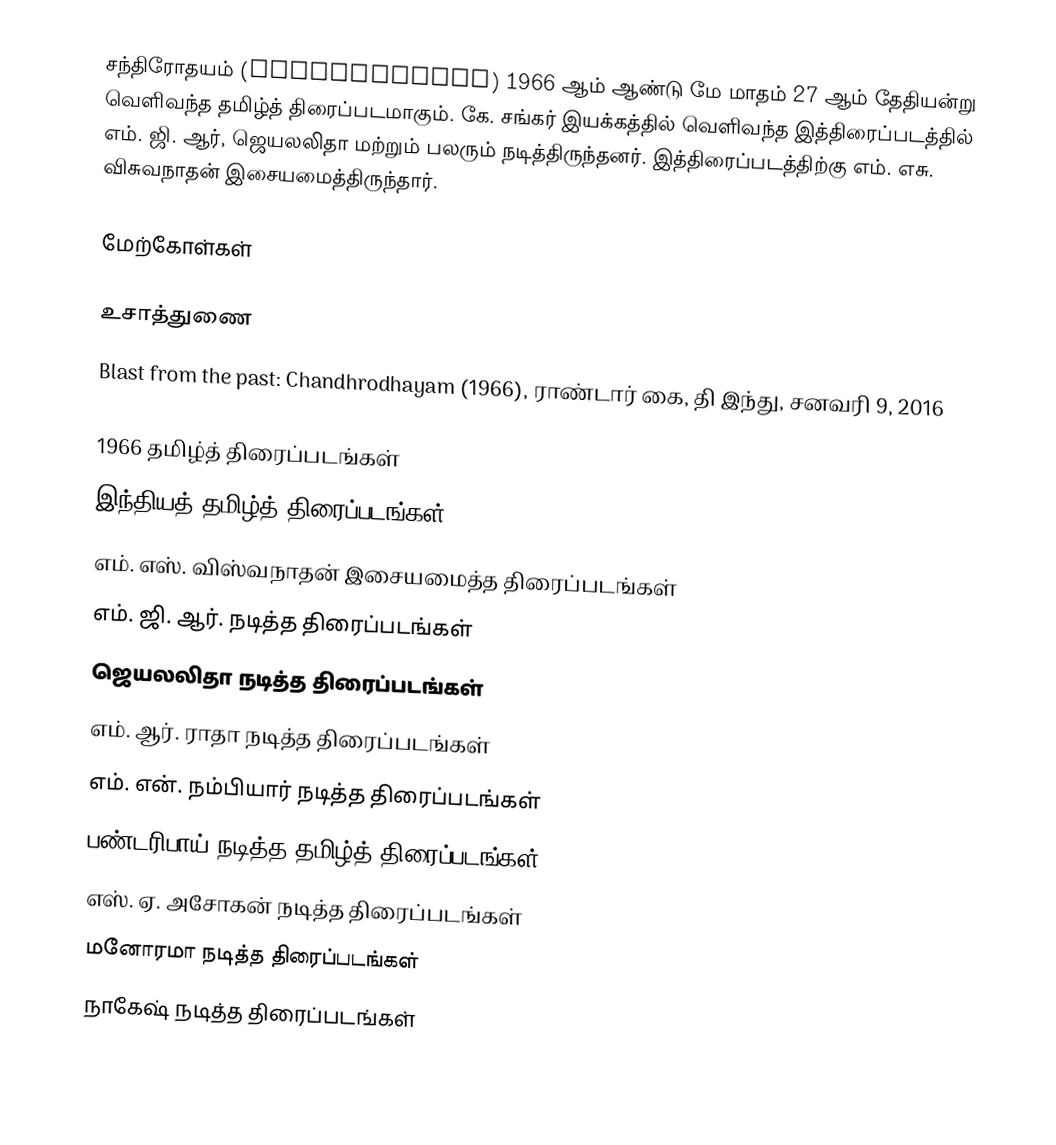
சந்திரோதயம் (Chandrodayam) 1966 ஆம் ஆண்டு மே மாதம் 27 ஆம் தேதியன்று வெளிவந்த தமிழ்த் திரைப்படமாகும். கே. சங்கர் இயக்கத்தில் வெளிவந்த இத்திரைப்படத்தில் எம். ஜி. ஆர், ஜெயலலிதா மற்றும் பலரும் நடித்திருந்தனர். இத்திரைப்படத்திற்கு எம். எசு. விசுவநாதன் இசையமைத்திருந்தார்.

மேற்கோள்கள்

உசாத்துணை
Blast from the past: Chandhrodhayam (1966), ராண்டார் கை, தி இந்து, சனவரி 9, 2016

1966 தமிழ்த் திரைப்படங்கள்
இந்தியத் தமிழ்த் திரைப்படங்கள்
எம். எஸ். விஸ்வநாதன் இசையமைத்த திரைப்படங்கள்
எம். ஜி. ஆர். நடித்த திரைப்படங்கள்
ஜெயலலிதா நடித்த திரைப்படங்கள்
எம். ஆர். ராதா நடித்த திரைப்படங்கள்
எம். என். நம்பியார் நடித்த திரைப்படங்கள்
பண்டரிபாய் நடித்த தமிழ்த் திரைப்படங்கள்
எஸ். ஏ. அசோகன் நடித்த திரைப்படங்கள்
மனோரமா நடித்த திரைப்படங்கள்
நாகேஷ் நடித்த திரைப்படங்கள்